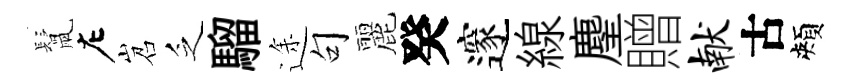
鬛左岧乏騮途句麗癸邃線麈贈献古頰